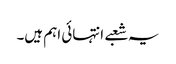
یہ شعبے انتہائی اہم ہیں۔